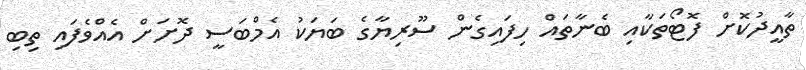
ތާއީދުކޮށް ފޮޓޯތަކާއި ބެނާތައް ހިފައިގެން ސޫރިޔާގެ ބަޔަކު އެމްބަސީ ދޮށަށް އެއްވެފައި ތިބި